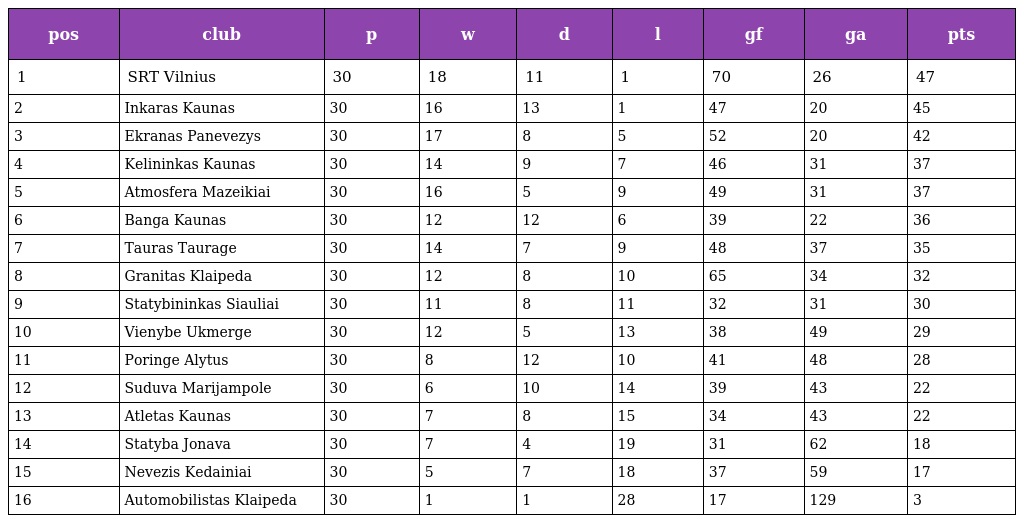
| pos | club | p | w | d | l | gf | ga | pts |
 | --- | --- | --- | --- | --- | --- | --- | --- | --- |
 | 1 | SRT Vilnius | 30 | 18 | 11 | 1 | 70 | 26 | 47 |
 | 2 | Inkaras Kaunas | 30 | 16 | 13 | 1 | 47 | 20 | 45 |
 | 3 | Ekranas Panevezys | 30 | 17 | 8 | 5 | 52 | 20 | 42 |
 | 4 | Kelininkas Kaunas | 30 | 14 | 9 | 7 | 46 | 31 | 37 |
 | 5 | Atmosfera Mazeikiai | 30 | 16 | 5 | 9 | 49 | 31 | 37 |
 | 6 | Banga Kaunas | 30 | 12 | 12 | 6 | 39 | 22 | 36 |
 | 7 | Tauras Taurage | 30 | 14 | 7 | 9 | 48 | 37 | 35 |
 | 8 | Granitas Klaipeda | 30 | 12 | 8 | 10 | 65 | 34 | 32 |
 | 9 | Statybininkas Siauliai | 30 | 11 | 8 | 11 | 32 | 31 | 30 |
 | 10 | Vienybe Ukmerge | 30 | 12 | 5 | 13 | 38 | 49 | 29 |
 | 11 | Poringe Alytus | 30 | 8 | 12 | 10 | 41 | 48 | 28 |
 | 12 | Suduva Marijampole | 30 | 6 | 10 | 14 | 39 | 43 | 22 |
 | 13 | Atletas Kaunas | 30 | 7 | 8 | 15 | 34 | 43 | 22 |
 | 14 | Statyba Jonava | 30 | 7 | 4 | 19 | 31 | 62 | 18 |
 | 15 | Nevezis Kedainiai | 30 | 5 | 7 | 18 | 37 | 59 | 17 |
 | 16 | Automobilistas Klaipeda | 30 | 1 | 1 | 28 | 17 | 129 | 3 |